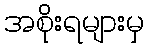
အစိုးရများမှ